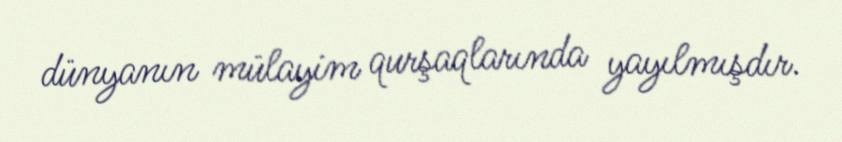
dünyanın mülayim qurşaqlarında yayılmışdır.